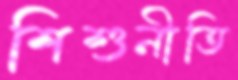
শিশুনীতি